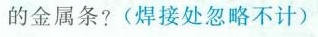
的金属条?(焊接处忽略不计)